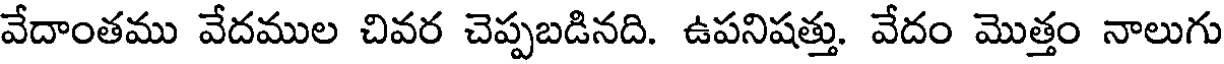
వేదాంతము వేదముల చివర చెప్పబడినది. ఉపనిషత్తు. వేదం మొత్తం నాలుగు